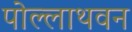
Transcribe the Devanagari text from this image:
पोल्लाथवन